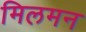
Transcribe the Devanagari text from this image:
मिलमन